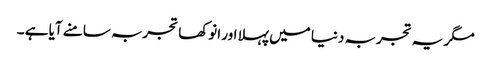
مگر یہ تجربہ دنیا میں پہلا اور انوکھا تجربہ سامنے آیا ہے ۔